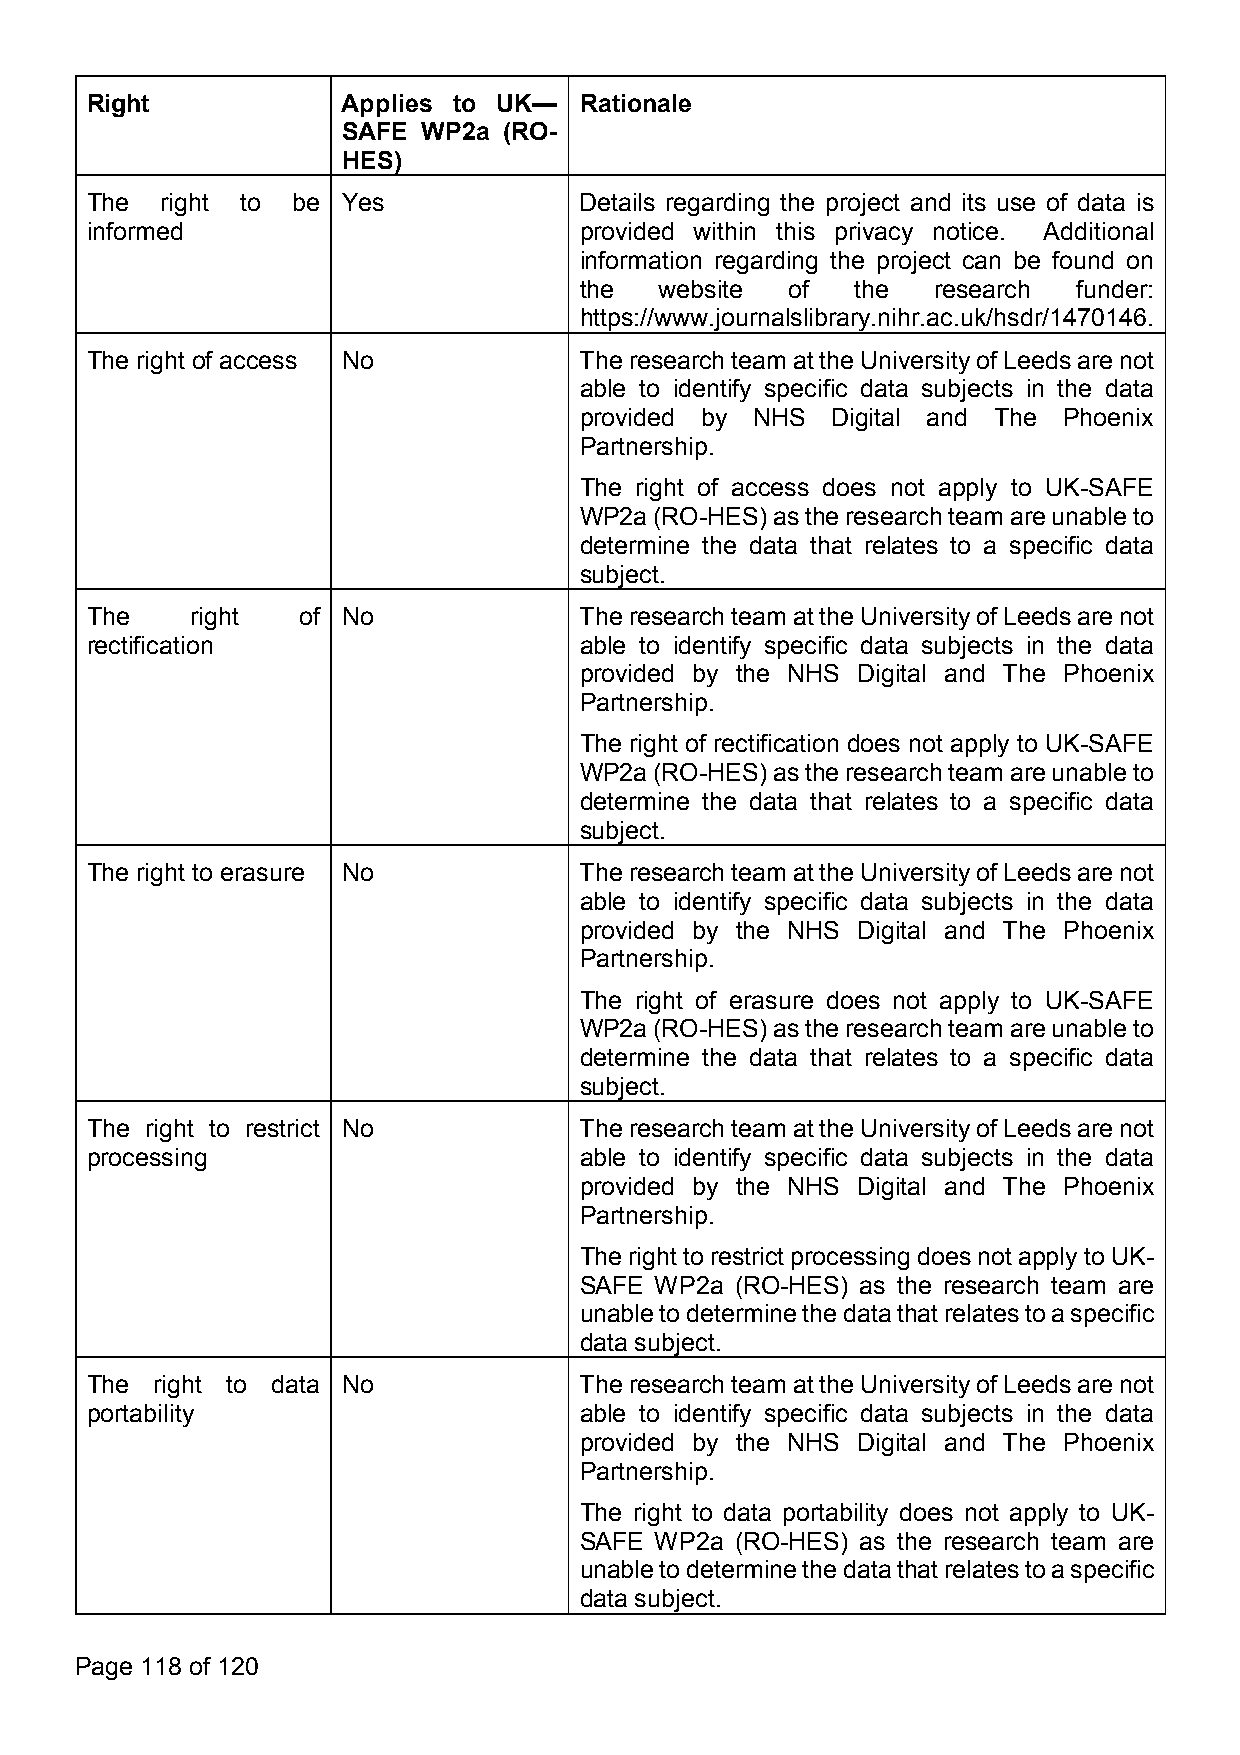
Right            Applies to UK— Rationale
 SAFE WP2a (RO-
 HES)
 The  right to be Yes            Details regarding the project and its use of data is
 informed                        provided within this privacy notice. Additional
 information regarding the project can be found on
 the   website of   the  research funder:
 https://www.journalslibrary.nihr.ac.uk/hsdr/1470146.
 The right of access No          TheresearchteamattheUniversityofLeedsarenot
 able to identify specific data subjects in the data
 provided by NHS  Digital and The Phoenix
 Partnership.
 The right of access does not apply to UK-SAFE
 WP2a(RO-HES)astheresearchteamareunableto
 determine the data that relates to a specific data
 subject.
 The    right  of No             TheresearchteamattheUniversityofLeedsarenot
 rectification                   able to identify specific data subjects in the data
 provided by the NHS Digital and The Phoenix
 Partnership.
 The right of rectification does not apply to UK-SAFE
 WP2a(RO-HES)astheresearchteamareunableto
 determine the data that relates to a specific data
 subject.
 The right to erasure No         TheresearchteamattheUniversityofLeedsarenot
 able to identify specific data subjects in the data
 provided by the NHS Digital and The Phoenix
 Partnership.
 The right of erasure does not apply to UK-SAFE
 WP2a(RO-HES)astheresearchteamareunableto
 determine the data that relates to a specific data
 subject.
 The right to restrict No        TheresearchteamattheUniversityofLeedsarenot
 processing                      able to identify specific data subjects in the data
 provided by the NHS Digital and The Phoenix
 Partnership.
 TherighttorestrictprocessingdoesnotapplytoUK-
 SAFE WP2a  (RO-HES) as the research team are
 unabletodeterminethedatathatrelatestoaspecific
 data subject.
 The right to data No            TheresearchteamattheUniversityofLeedsarenot
 portability                     able to identify specific data subjects in the data
 provided by the NHS Digital and The Phoenix
 Partnership.
 The right to data portability does not apply to UK-
 SAFE WP2a  (RO-HES) as the research team are
 unabletodeterminethedatathatrelatestoaspecific
 data subject.
 Page 118 of 120